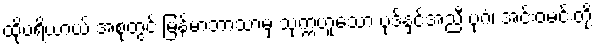
ထိုပရိယာယ် အစုတွင် မြန်မာဘာသာမှ သုက္ကဟူသော ပုဒ်နှင့်အညီ ပုဂံ၊ အင်းဝမင်းတို့